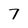
Character: 7